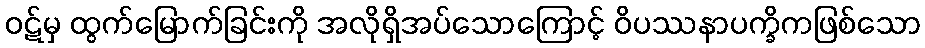
ဝဋ်မှ ထွက်မြောက်ခြင်းကို အလိုရှိအပ်သောကြောင့် ဝိပဿနာပက္ခိကဖြစ်သော